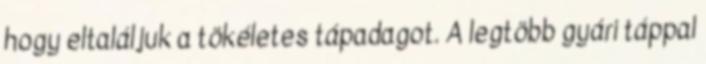
hogy eltaláljuk a tökéletes tápadagot. A legtöbb gyári táppal